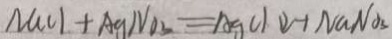
M C l + A g N O _ { 3 } = A g C l \downarrow + N a N O _ { 3 }